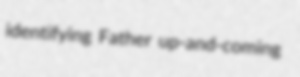
identifying Father up-and-coming